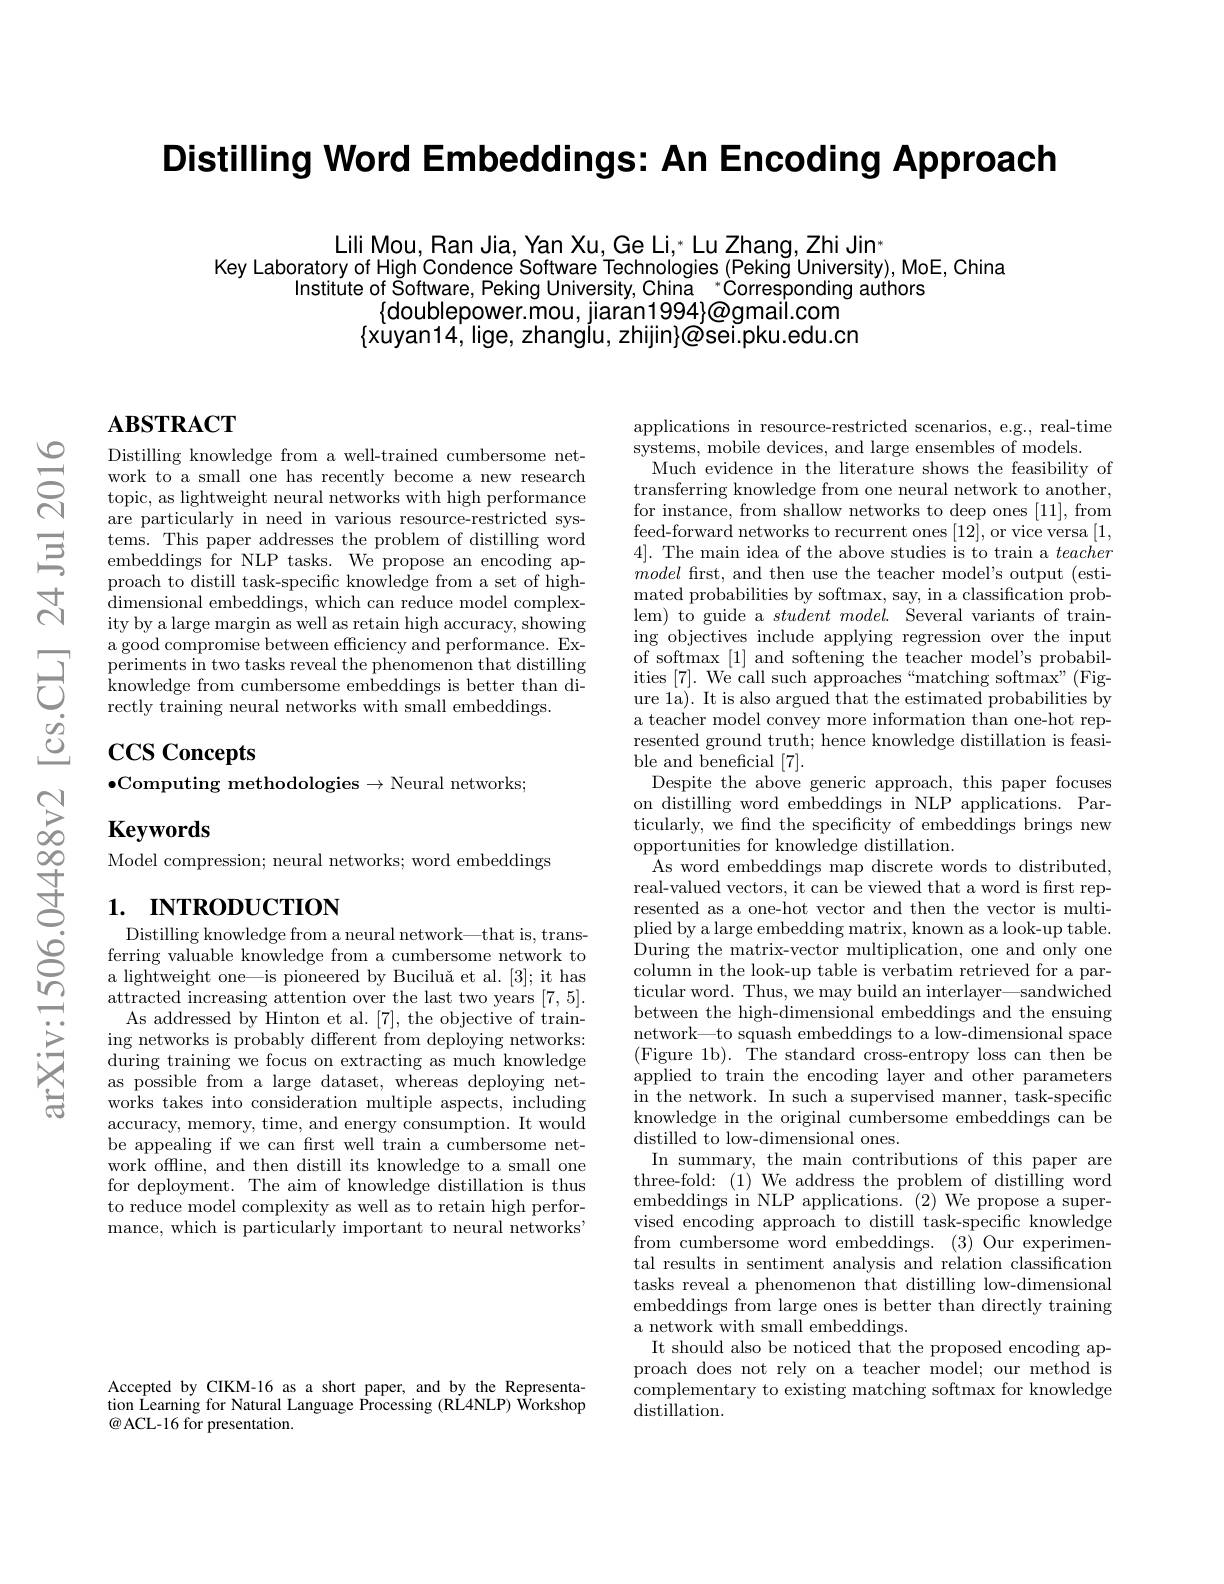
Distilling Word Embeddings: An Encoding Approach

Lili Mou, Ran Jia, Yan Xu, Ge Li, $^*$ Lu Zhang, Zhi Jin*
Key Laboratory of High'Condence'Software Technologies (Pekină Úniversity), MoE, China
Institute of Software, Peking University, China " Corresponding authors
$\{$doublepower.mou, jiaran1994}@gmail.com
$\{$xùyan14, lige, zhangíu, zhijin$\} \text{@ \' {o}sei. pku. edu. cn}$

# $\mathbf{ABSTRACT}$

Distilling knowledge from a well-trained cumbersome network to a small one has recently become a new research topic, as lightweight neural networks with high performance are particularly in need in various resource-restricted systems. This paper addresses the problem of distilling word embeddings for NLP tasks. We propose an encoding approach to distill task-specific knowledge from a set of highdimensional embeddings, which can reduce model complex- ity by a large margin as well as retain high accuracy, showing a good compromise between efficiency and performance. Experiments in two tasks reveal the phenomenon that distilling knowledge from cumbersome embeddings is better than directly training neural networks with small embeddings.

# $\operatorname{CCS}$ Concepts $\bullet$Computing methodologies$\to$Neural networks;

Keywords
Model compression; neural networks; word embeddings

# 1. INTRODUCTION

Distilling knowledge from a neural network—that is, transferring valuable knowledge from a cumbersome network to a lightweight one—is pioneered by Buciluă et al. [3]; it has attracted increasing attention over the last two years [7,5].
As addressed by Hinton et al. [7], the objective of training networks is probably different from deploying networks: during training we focus on extracting as much knowledge as possible from a large dataset, whereas deploying networks takes into consideration multiple aspects, including accuracy, memory, time, and energy consumption. It would be appealing if we can frst well train a cumbersome network offline, and then distill its knowledge to a small one for deployment. The aim of knowledge $\bar\text{distillation is thus}$ to reduce model complexity as well as to retain high performance, which is particularly important to neural networks'

applications in resource-restricted scenarios, e.g., real-time
systems, mobile devices, and large ensembles of models.
Much evidence in the literature shows the feasibility of transferring knowledge from one neural network to another, for instance, from shallow networks to deep ones [11], from feed-forward networks to recurrent ones [12],or vice versa [1, 4]. The main idea of the above studies is to train a teacher model frst, and then use the teacher model's output (esti-) mated probabilities by softmax, say, in a classification problem) to guide a $studentmodel.$ Several variants of training objectives include applying regression over the input of softmax [1] and softening the teacher model's probabilities [7]. We call such approaches“matching softmax”(Figure la). It is also argued that the estimated probabilities by a teacher model convey more information than one-hot represented ground truth; hence knowledge distillation is feasible and beneficial [7].
Despite the above generic approach, this paper focuses on distilling word embeddings in NLP applications. Particularly, we find the specificity of embeddings brings new opportunities for knowledge distillation.
As word embeddings map discrete words to distributed, real-valued vectors, it can be viewed that a word is frst represented as a one-hot vector and then the vector is multiplied by a large embedding matrix, known as a look-up table. During the matrix-vector multiplication, one and only one column in the look-up table is verbatim retrieved for a particular word. Thus, we may build an interlayer—sandwiched between the high-dimensional embeddings and the ensuing network—to squash embeddings to a low-dimensional space (Figure 1b). The standard cross-entropy loss can then be applied to train the encoding layer and other parameters in the network. In such a supervised manner, task-specific knowledge in the original cumbersome embeddings can be distilled to low- dimensional ones.
In summary, the main contributions of this paper are three-fold:(1)We address the problem of distilling word embeddings in NLP applications. (2) We propose a supervised encoding approach to distill task-specific knowledge from cumbersome word embeddings. (3) Our experimental results in sentiment analysis and relation classification tasks reveal a phenomenon that distilling low-dimensional embeddings from large ones is better than directly training a network with small embeddings.
It should also be noticed that the proposed encoding approach does not rely on a teacher model; our method is complementary to existing matching softmax for knowledge $\hat{\text{distillation}}.$

Accepted by CIKM-16 as a short paper, and by the Representation Learning for Natural Language Processing (RL4NLP) Workshop $\textcircled{a}$ACL-16 for presentation.